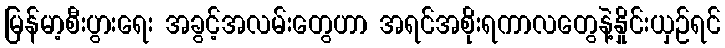
မြန်မာ့စီးပွားရေး အခွင့်အလမ်းတွေဟာ အရင်အစိုးရကာလတွေနဲ့နှိုင်းယှဉ်ရင်